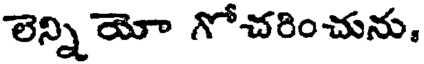
లెన్ని యో గోచరించును,